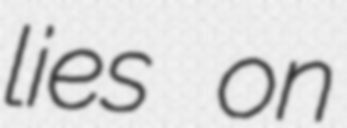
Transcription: lies on